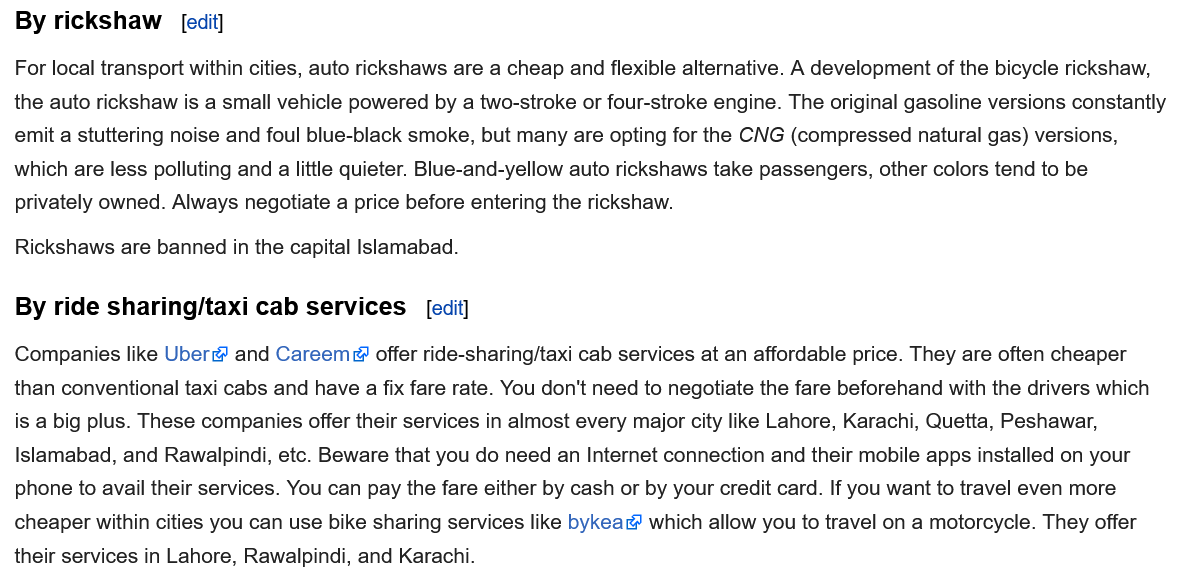
By  rickshaw
  For local transport within cities, auto rickshaws are a cheap and flexible alternative. A development of the bicycle rickshaw,
  the auto rickshaw is a small vehicle powered by a two-stroke or four-stroke engine. The original gasoline versions constantly
  emit a stuttering noise and foul blue-black smoke, but many are opting for the CNG (compressed natural gas) versions,
  which are less polluting and
  a
     little quieter. Blue-and-yellow auto rickshaws take passengers, other colors tend to be
  privately owned. Always negotiate a price before entering the rickshaw.
  Rickshaws are banned in the capital Islamabad.
  By  ride sharing/taxi  cab  services
  Companies like Uber and  Careem®  offer ride-sharing/taxi cab services at an affordable price. They are often cheaper
  than conventional taxi cabs and have a fix fare rate. You don't need to negotiate the fare beforehand with the drivers which
  is a big plus. These companies offer their services in almost every major city like Lahore, Karachi, Quetta, Peshawar,
  Islamabad, and Rawalpindi, etc. Beware that you do need an Internet connection and their mobile apps installed on your
  phone to avail their services. You can pay the fare either by cash or by your credit card. If you want to travel even more
  cheaper within cities you can use bike sharing services like bykea® which allow you to travel on a motorcycle. They offer
  their services in Lahore, Rawalpindi, and Karachi.